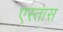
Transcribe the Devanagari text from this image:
एस्तास